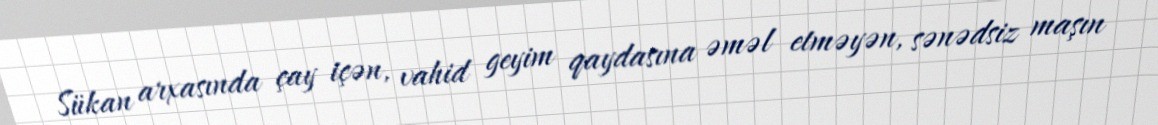
Sükan arxasında çay içən, vahid geyim qaydasına əməl etməyən, sənədsiz maşın